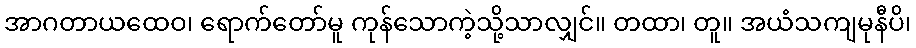
အာဂတာယထေဝ၊ ရောက်တော်မူ ကုန်သောကဲ့သို့သာလျှင်။ တထာ၊ တူ။ အယံသကျမုနီပိ၊